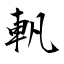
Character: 軓